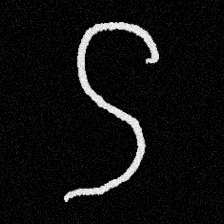
Pyu character \u2014 Myanmar letter: ဌ (romanized: ttha)